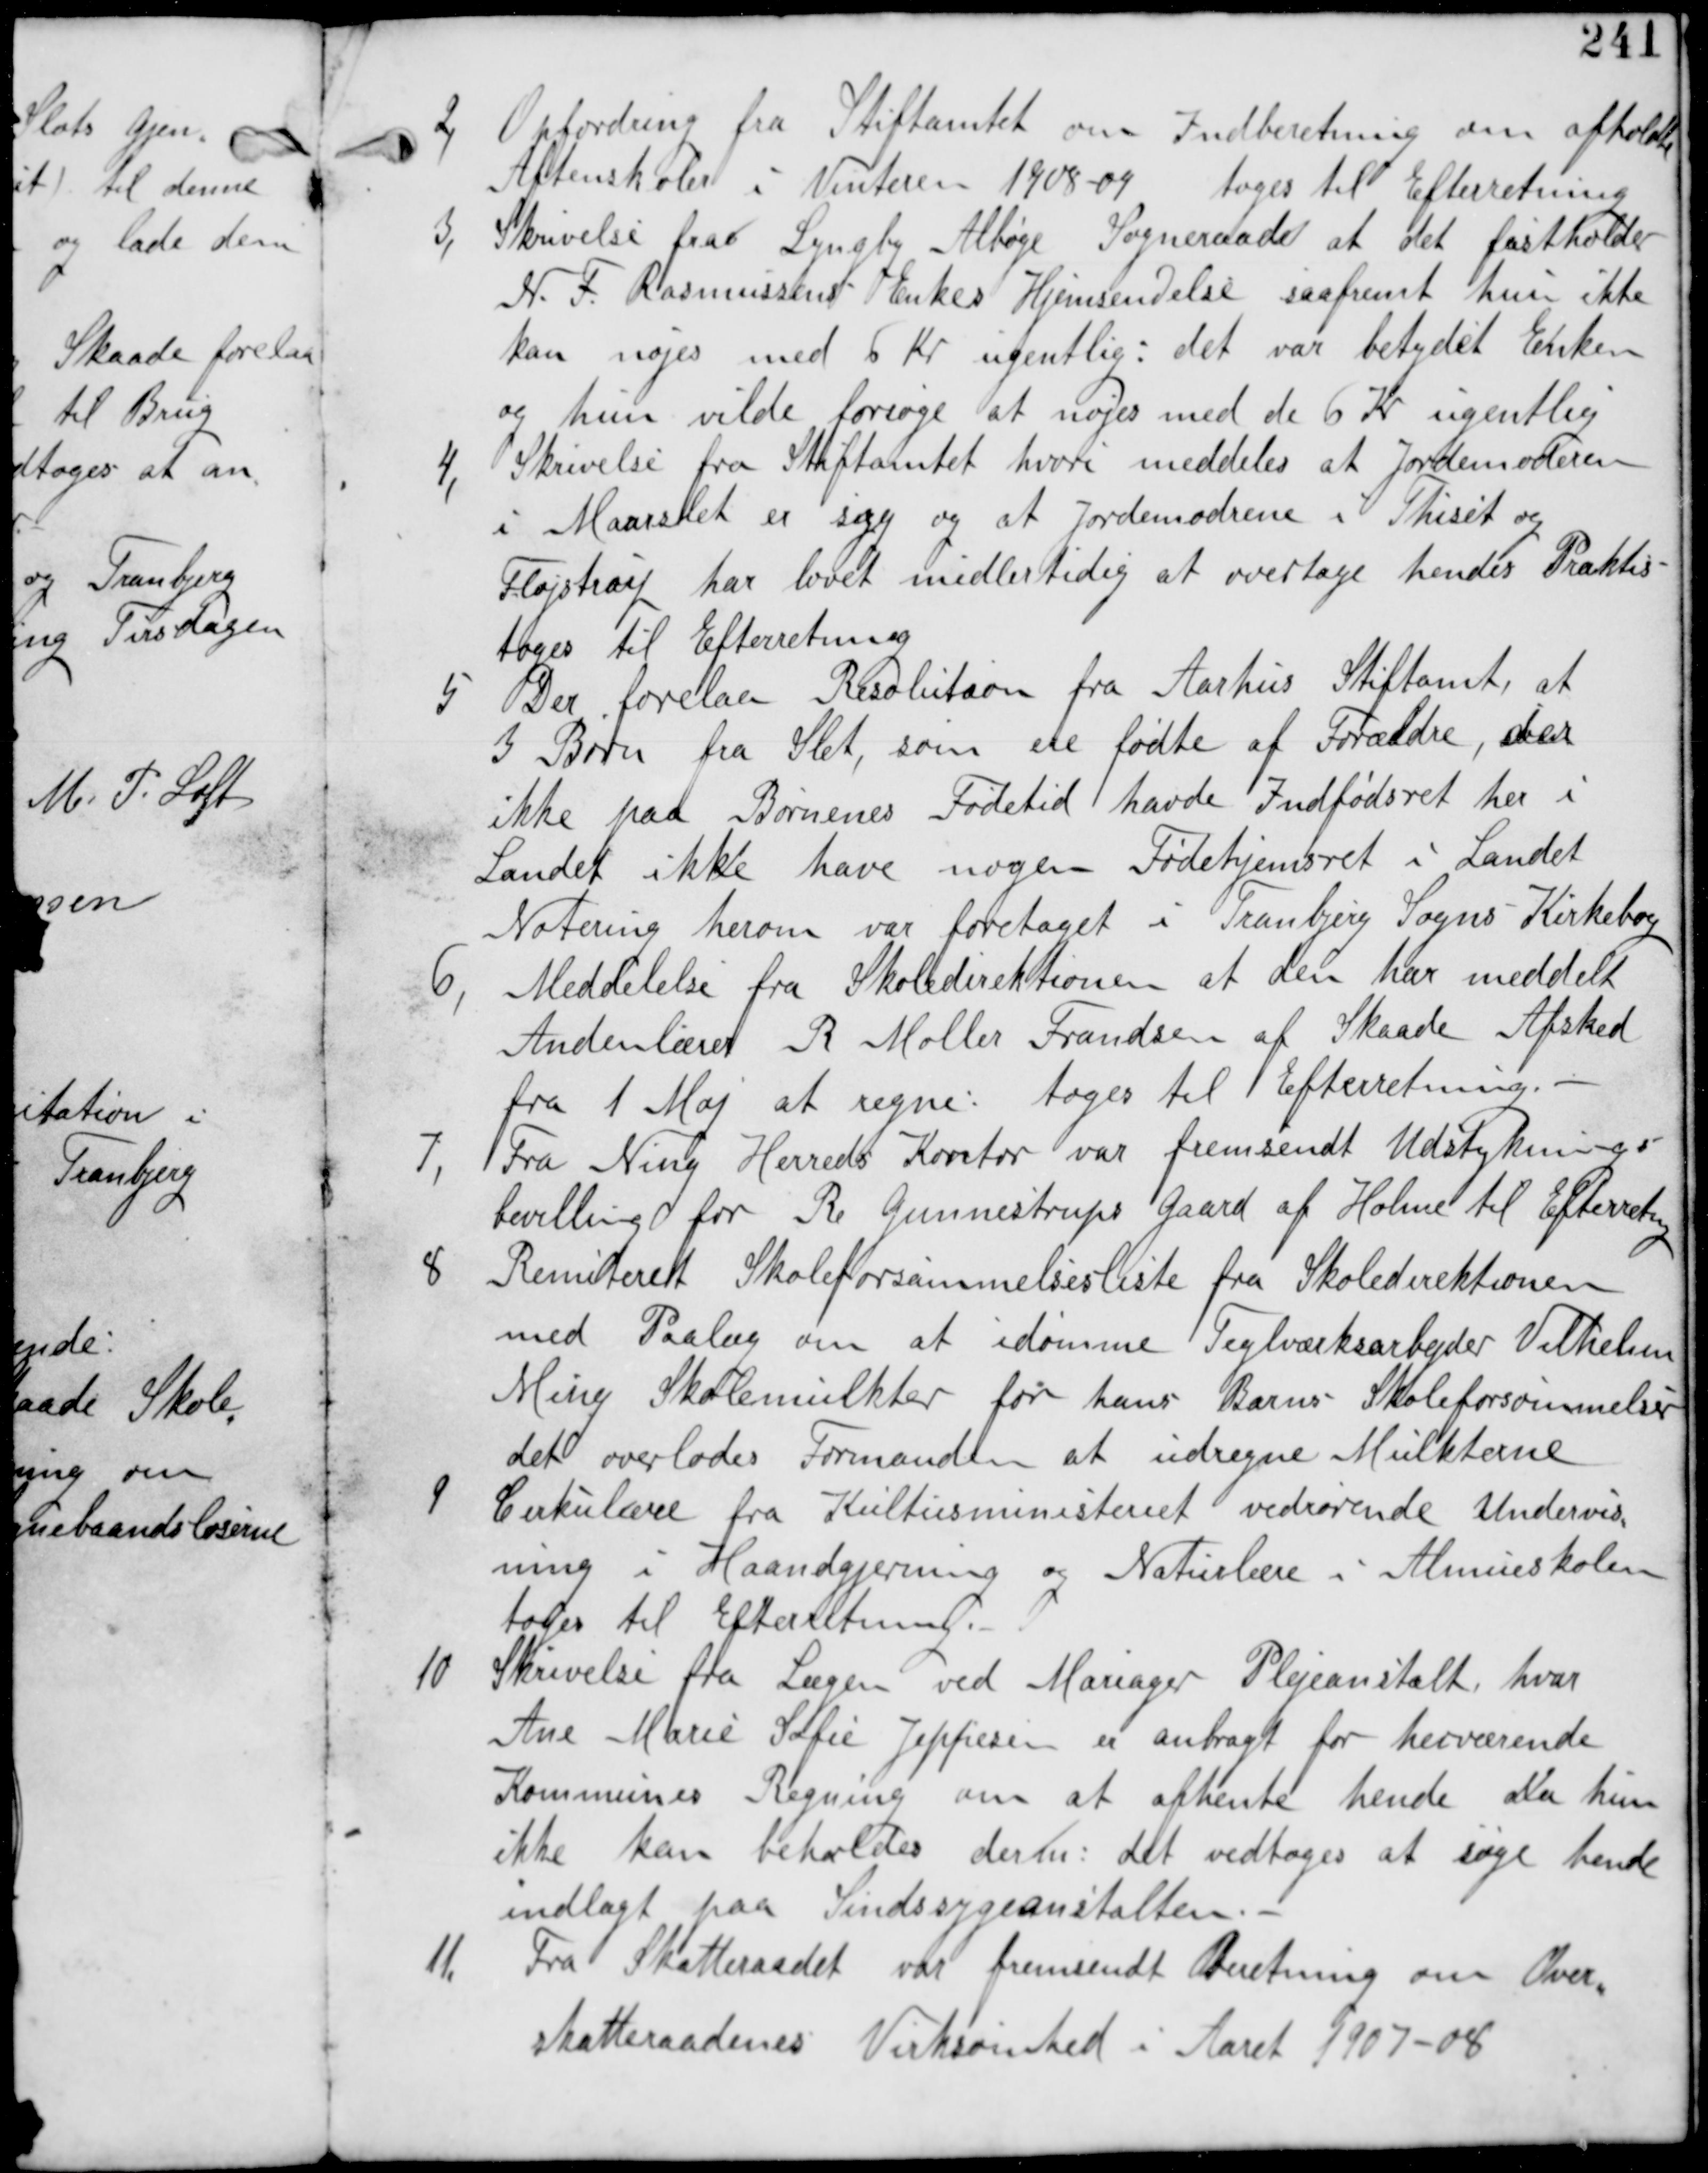
Transskription:
2,
Opfordring fra Stiftamtet om Indberetning om afholde
Aftenskoler i Vinteren 1908-09 tages til Efterretning

3, Skrivelse fra Lyngby Albøge Sopgneraad at det fastholder
N F Rasmussens Enkes Hjemsendelse saafremt hun ikke
kan nøjes med 6 Kr Ugentlig: det var betydet Enken
oghun vilde forsøge at nøjes med de 6 Kr ugentlig.

4, Skrivelse fra Stiftamtet hvori meddeles at Jordemoderen
i Maarslet er syg og at Jordemoderen i Thiset og
Fløjlstrup har lovet at overtage hendes Praksis
tages til Efterretning.

5 Der forelaa Resolution fra Aarhus Stiftamt, at
3 Børn fra Slet, som ere fødte af Forældre, der
ikke paa Børnenes Fødetid havde Indfødselsret her i
Landet ikke have nogen Fødehjemsret i Landet
Notering herom var foretaget i Tranbjerg Sogns Kirkebog.

6,
Meddelelse fra Skoledirektionen at den har meddelt
Andenlærer R Møller Frandsen af Skaade Afsked
fra 1 Maj at Regne: tages til Efterretning.

7, Fra Ning Herreds Kontor var fremsendt Udstyknings
bevillinger for R Gunnestrups Gaard af Holme til Efterretning.

8 Remiteret Skoleforsamlingsliste fra Skoledirektionen
med Paalæg om at idømme Teglværksarbejder Vilhelm
Ming Skolemulkter for hans Barns Skoleforsømmelser.
det overlades Formanden at udregne Multkerne.

9
Cirkulære fra Kulturministeriet vedrørende Undervisning
ning i Haandgjerning og Naturlære i Almueskolen
tages til Efterretning.

10 Skrivelse fra Lægen ved Mariager Plejeanstalt, hvor
Ane Marie Sofie Jeppesen er anbragt for herværende
Kommunes Regning om at afhente hende da hun
ikke kan beholdes der nu: det vedtages at søge hende
indlagt paa Sindsygeanstalten.

11,
Fra Skatteraadet var fremsendt Beretning om Over
skatteraadenes Virksomhed i Aaret 1907-08.